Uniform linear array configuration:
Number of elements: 48
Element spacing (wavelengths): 1
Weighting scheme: exponential
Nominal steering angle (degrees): -30
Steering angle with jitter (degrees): -29.896
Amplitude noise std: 0.05
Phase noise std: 0.05

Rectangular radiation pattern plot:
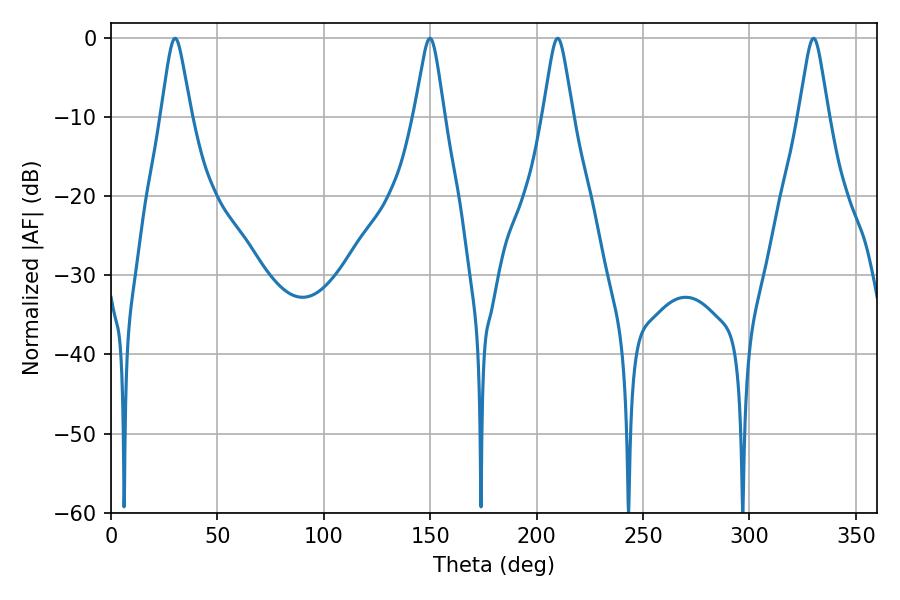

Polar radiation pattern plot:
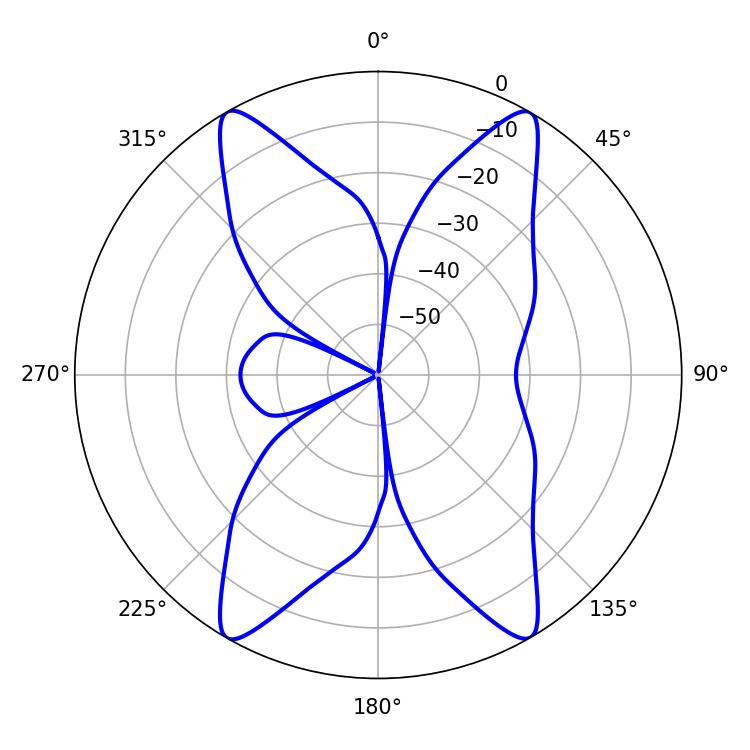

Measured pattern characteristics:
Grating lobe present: TRUE
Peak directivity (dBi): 25.106
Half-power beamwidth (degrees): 6.48
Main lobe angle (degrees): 209.88